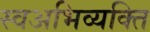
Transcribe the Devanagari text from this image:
स्वअभिव्यक्ति